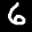
Label: 6